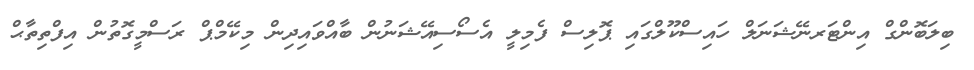
ބިލަބޮންގް އިންޓަރނޭޝަނަލް ހައިސްކޫލްގައި ޕޮލިސް ފެމިލީ އެސޯސިއޭޝަނުން ބާއްވައިދިން މިކޭމްޕް ރަސްމީގޮތުން އިފްތިތާޙް